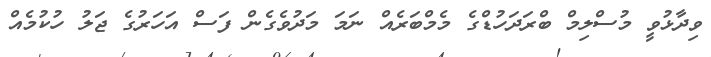
ވިދާޅުވީ މުސްލިމް ބްރަދަހުޑްގެ މެމްބަރެއް ނަމަ މަދުވެގެން ފަސް އަހަރުގެ ޖަލު ހުކުމެއް